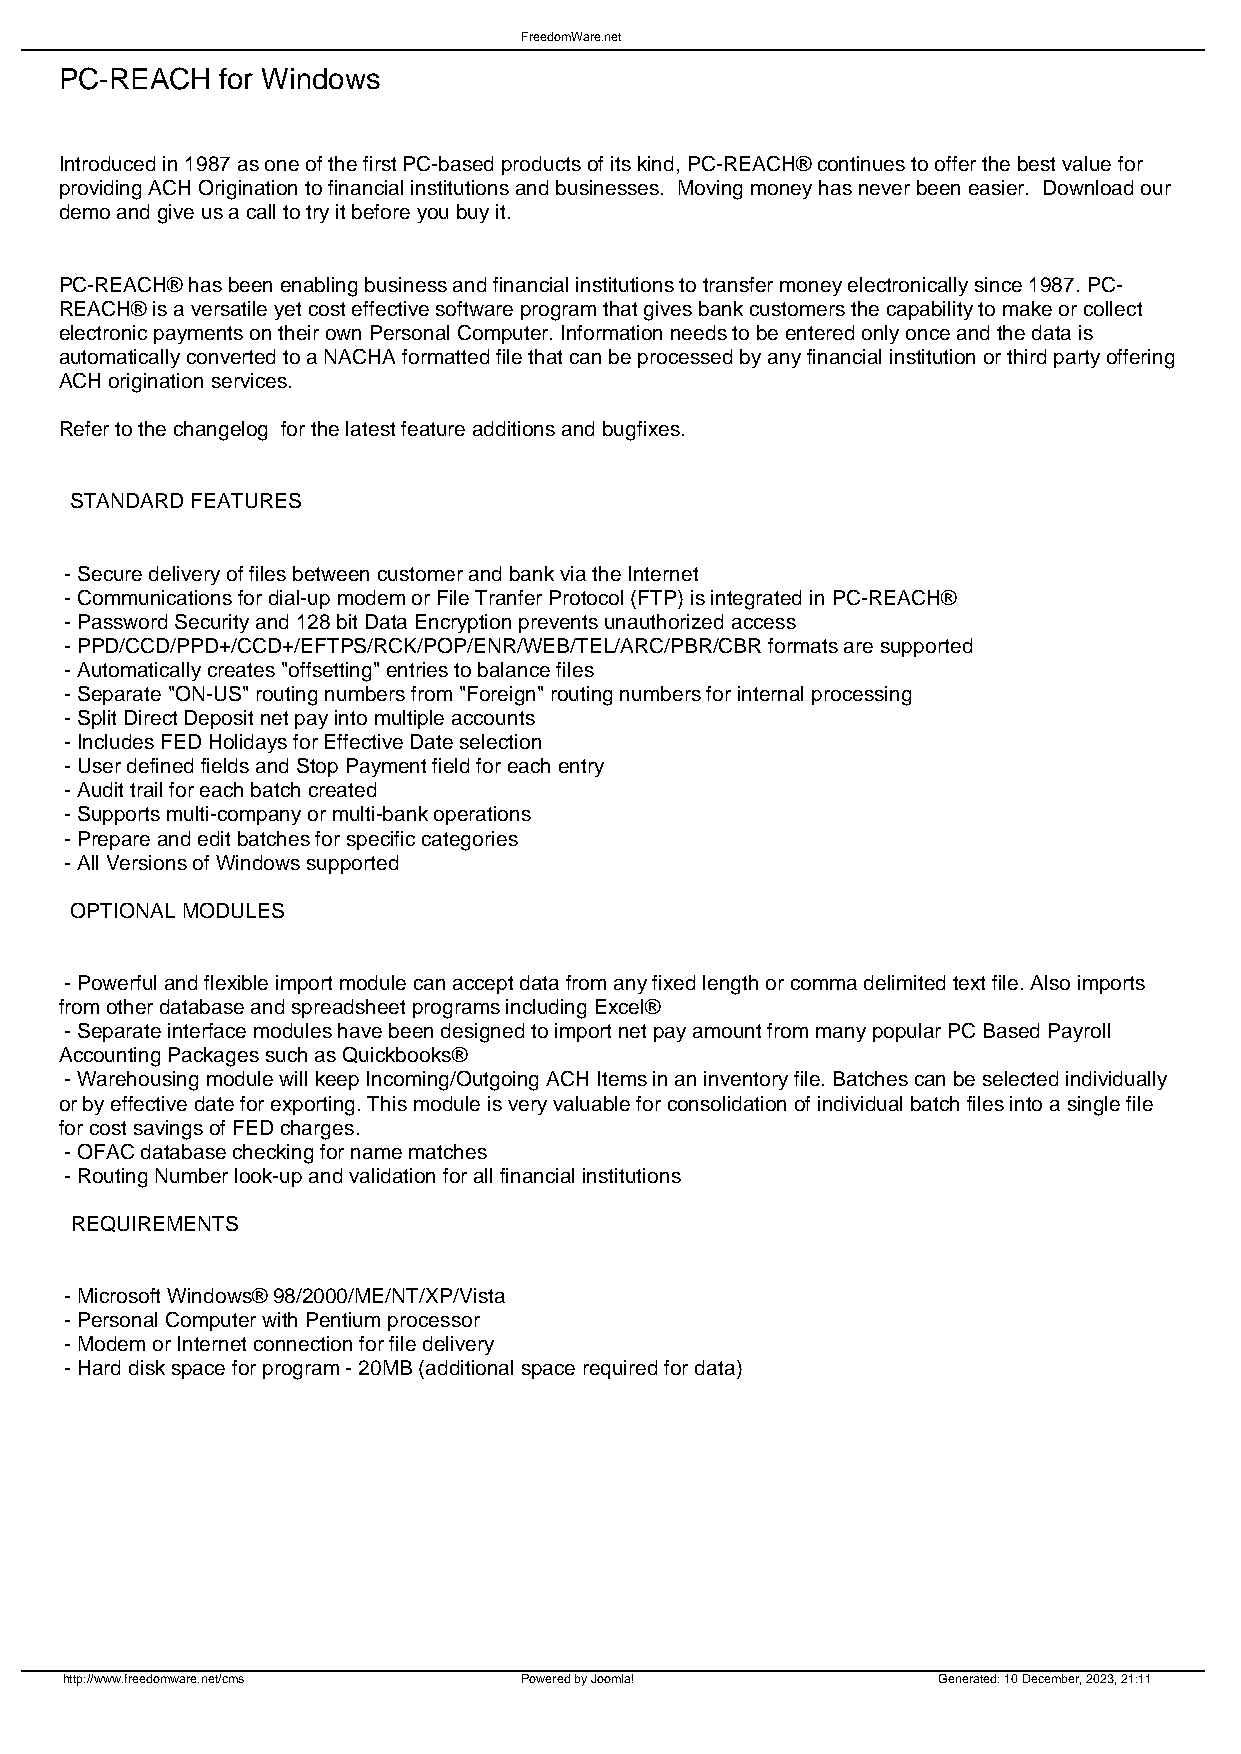
FreedomWare.net
 PC-REACH   for Windows
 Introduced in 1987 as one of the first PC-based products of its kind, PC-REACH® continues to offer the best value for
 providing ACH Origination to financial institutions and businesses. Moving money has never been easier. Download our
 demo and give us a call to try it before you buy it.
 PC-REACH® has been enabling business and financial institutions to transfer money electronically since 1987. PC-
 REACH® is a versatile yet cost effective software program that gives bank customers the capability to make or collect
 electronic payments on their own Personal Computer. Information needs to be entered only once and the data is
 automatically converted to a NACHA formatted file that can be processed by any financial institution or third party offering
 ACH origination services.
 Refer to the changelog for the latest feature additions and bugfixes.
 STANDARD FEATURES
 - Secure delivery of files between customer and bank via the Internet
 - Communications for dial-up modem or File Tranfer Protocol (FTP) is integrated in PC-REACH®
 - Password Security and 128 bit Data Encryption prevents unauthorized access
 - PPD/CCD/PPD+/CCD+/EFTPS/RCK/POP/ENR/WEB/TEL/ARC/PBR/CBR formats are supported
 - Automatically creates "offsetting" entries to balance files
 - Separate "ON-US" routing numbers from "Foreign" routing numbers for internal processing
 - Split Direct Deposit net pay into multiple accounts
 - Includes FED Holidays for Effective Date selection
 - User defined fields and Stop Payment field for each entry
 - Audit trail for each batch created
 - Supports multi-company or multi-bank operations
 - Prepare and edit batches for specific categories
 - All Versions of Windows supported
 OPTIONAL MODULES
 - Powerful and flexible import module can accept data from any fixed length or comma delimited text file. Also imports
 from other database and spreadsheet programs including Excel®
 - Separate interface modules have been designed to import net pay amount from many popular PC Based Payroll
 Accounting Packages such as Quickbooks®
 - Warehousing module will keep Incoming/Outgoing ACH Items in an inventory file. Batches can be selected individually
 or by effective date for exporting. This module is very valuable for consolidation of individual batch files into a single file
 for cost savings of FED charges.
 - OFAC database checking for name matches
 - Routing Number look-up and validation for all financial institutions
 REQUIREMENTS
 - Microsoft Windows® 98/2000/ME/NT/XP/Vista
 - Personal Computer with Pentium processor
 - Modem or Internet connection for file delivery
 - Hard disk space for program - 20MB (additional space required for data)
 http://www.freedomware.net/cms Powered by Joomla!         Generated: 10 December, 2023, 21:11